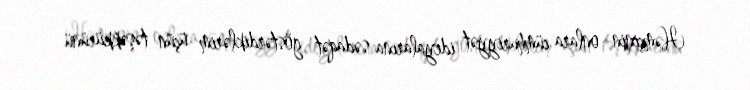
Həmçinin onlara cümhuriyyət ideyalarına sədaqət göstərdiklərim üçün təşəkkürünü